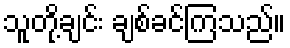
သူတို့ချင်း ချစ်ခင်ကြသည်။